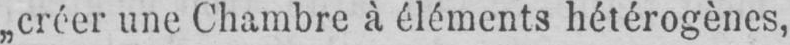
„créer une Chambre à éléments hétérogènes,